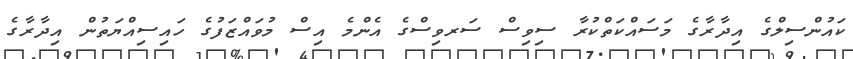
ކައުންސިލްގެ އިދާރާގެ މަސައްކަތްކުރާ ސިވިސް ސަރވިސްގެ އެންމެ އިސް މުވައްޒަފުގެ ހައިސިއްޔަތުން އިދާރާގެ